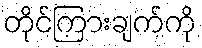
တိုင်ကြားချက်ကို